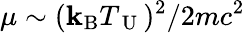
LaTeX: \mu\sim(\mathbf{k}_{\mathrm{{B}}}T_{\mathrm{{~U~}}})^{2}/2mc^{2}